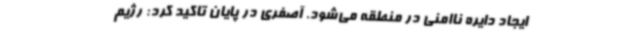
ایجاد دایره ناامنی در منطقه می‌شود. آصفری در پایان تاکید کرد: رژیم